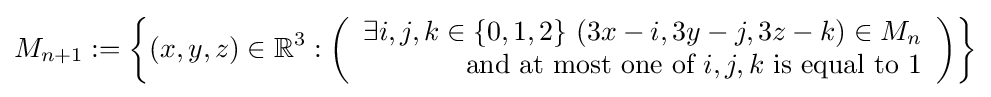
M_{n+1}:=\left\{(x,y,z)\in \mathbb {R} ^{3}:\left({\begin{array}{r}\exists i,j,k\in \{0,1,2\}\,\,(3x-i,3y-j,3z-k)\in M_{n}\\{\text{and at most one of }}i,j,k{\text{ is equal to 1}}\end{array}}\right)\right\}